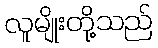
လူမျိုးတို့သည်